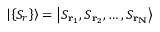
\left| \left\{ S _ { r } \right\} \right\rangle = \left| S _ { \mathbf { r } _ { 1 } } , S _ { \mathbf { r } _ { 2 } } , \ldots , S _ { \mathbf { r } _ { \mathbf { N } } } \right\rangle